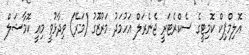
އޮލިމްޕިކް ކޮމިޓީގެ ސެކްރެޓަރީ ޖެނެރަލް އަހުމަދު މަރުޒޫގު (މަރޭ) ވިދާޅުވީ މިއީ ކޮމާޝަލް